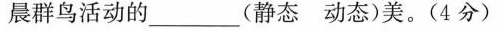
晨群鸟活动的___(静态动态)美。(4分)